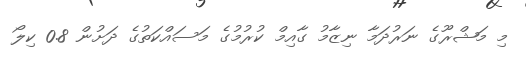
މި މަޝްރޫގެ ނަރުދަމާ ނިޒާމު ގާއިމް ކުރުމުގެ މަސައްކަތުގެ ދަށުން 0.8 ކިލޯ